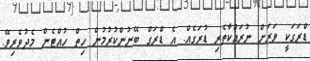
ޑްރަގަކީ ވަރަށް ނުރައްކާތެރި ޑުރަގެއް. އެ ޑްރަގް ބޭނުންކުރުމުން ހިތް ހުއްޓެން މެދުވެރިވޭ.